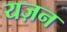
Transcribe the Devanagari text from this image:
यज़न